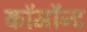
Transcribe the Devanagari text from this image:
कॉमॉन्ट